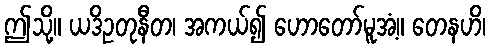
ဤသို့။ ယဒိဥတုနီတ၊ အကယ်၍ ဟောတော်မူအံ့။ တေနဟိ၊